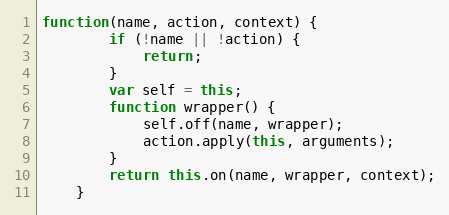
Language: JavaScript
function(name, action, context) {
        if (!name || !action) {
            return;
        }
        var self = this;
        function wrapper() {
            self.off(name, wrapper);
            action.apply(this, arguments);
        }
        return this.on(name, wrapper, context);
    }